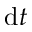
\mathrm { d } t